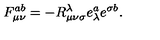
F _ { \mu \nu } ^ { a b } = - R _ { \mu \nu \sigma } ^ { \lambda } e _ { \lambda } ^ { a } e ^ { \sigma b } .